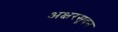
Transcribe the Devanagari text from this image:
अक्षरसूदन